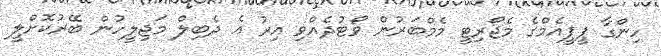
ހިންގާ ޕީޕީއެމްގެ މެޖޯރިޓީ މެމްބަރުން ވޯޓުދެއްވި އިރު އެ ދެބިލް މަޖިލީހުން ބޭރުކޮށްލީ